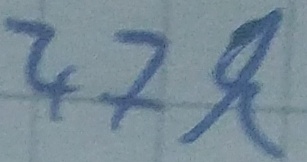
Text: 47k